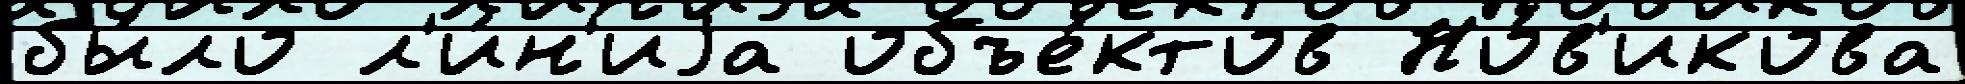
бы́ло л'и́н'иjа объе́ктов Но́в'икова